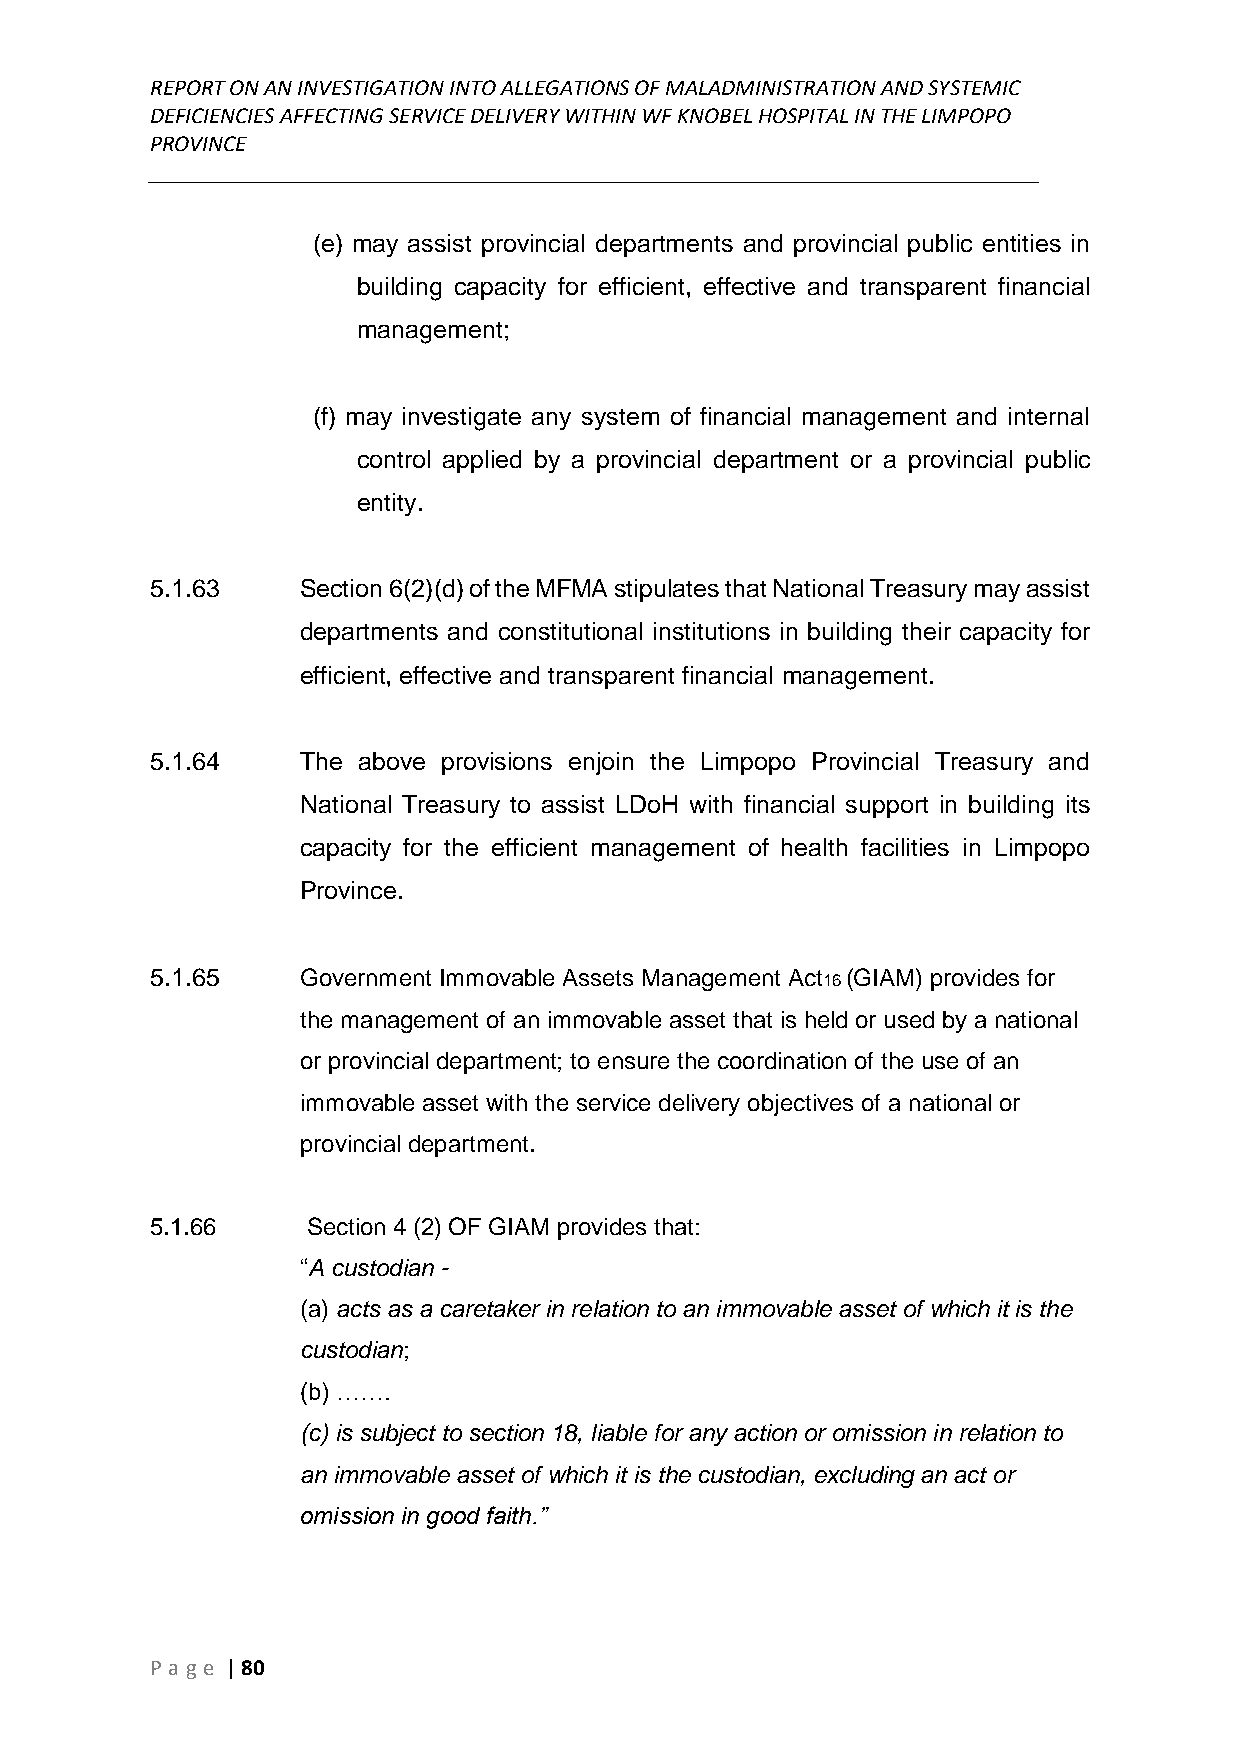
REPORT ON AN INVESTIGATION INTO ALLEGATIONS OF MALADMINISTRATION AND SYSTEMIC
 DEFICIENCIES AFFECTING SERVICE DELIVERY WITHIN WF KNOBEL HOSPITAL IN THE LIMPOPO
 PROVINCE
 ______________________________________________________________________________
 (e) may assist provincial departments and provincial public entities in
 building capacity for efficient, effective and transparent financial
 management;
 (f) may investigate any system of financial management and internal
 control applied by a provincial department or a provincial public
 entity.
 5.1.63    Section 6(2)(d) of the MFMA stipulates that National Treasury may assist
 departments and constitutional institutions in building their capacity for
 efficient, effective and transparent financial management.
 5.1.64    The above provisions enjoin the Limpopo Provincial Treasury and
 National Treasury to assist LDoH with financial support in building its
 capacity for the efficient management of health facilities in Limpopo
 Province.
 5.1.65    Government Immovable Assets Management Act16 (GIAM) provides for
 the management of an immovable asset that is held or used by a national
 or provincial department; to ensure the coordination of the use of an
 immovable asset with the service delivery objectives of a national or
 provincial department.
 5.1.66    Section 4 (2) OF GIAM provides that:
 “A custodian -
 (a) acts as a caretaker in relation to an immovable asset of which it is the
 custodian;
 (b) …….
 (c) is subject to section 18, liable for any action or omission in relation to
 an immovable asset of which it is the custodian, excluding an act or
 omission in good faith.”
 P age | 80